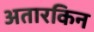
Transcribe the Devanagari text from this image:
अतारकिन